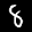
Label: 8